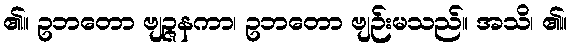
၏။ ဥဘတော ဗျဉ္ဇနကာ၊ ဥဘတော ဗျဉ်းမသည်။ အသိ၊ ၏။